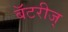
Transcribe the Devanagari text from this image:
बॅटरीज्